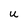
Character: u